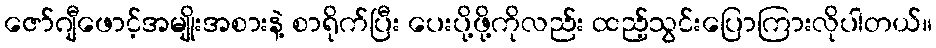
ဇော်ဂျီဖောင့်အမျိုးအစားနဲ့ စာရိုက်ပြီး ပေးပို့ဖို့ကိုလည်း ထည့်သွင်းပြောကြားလိုပါတယ်။